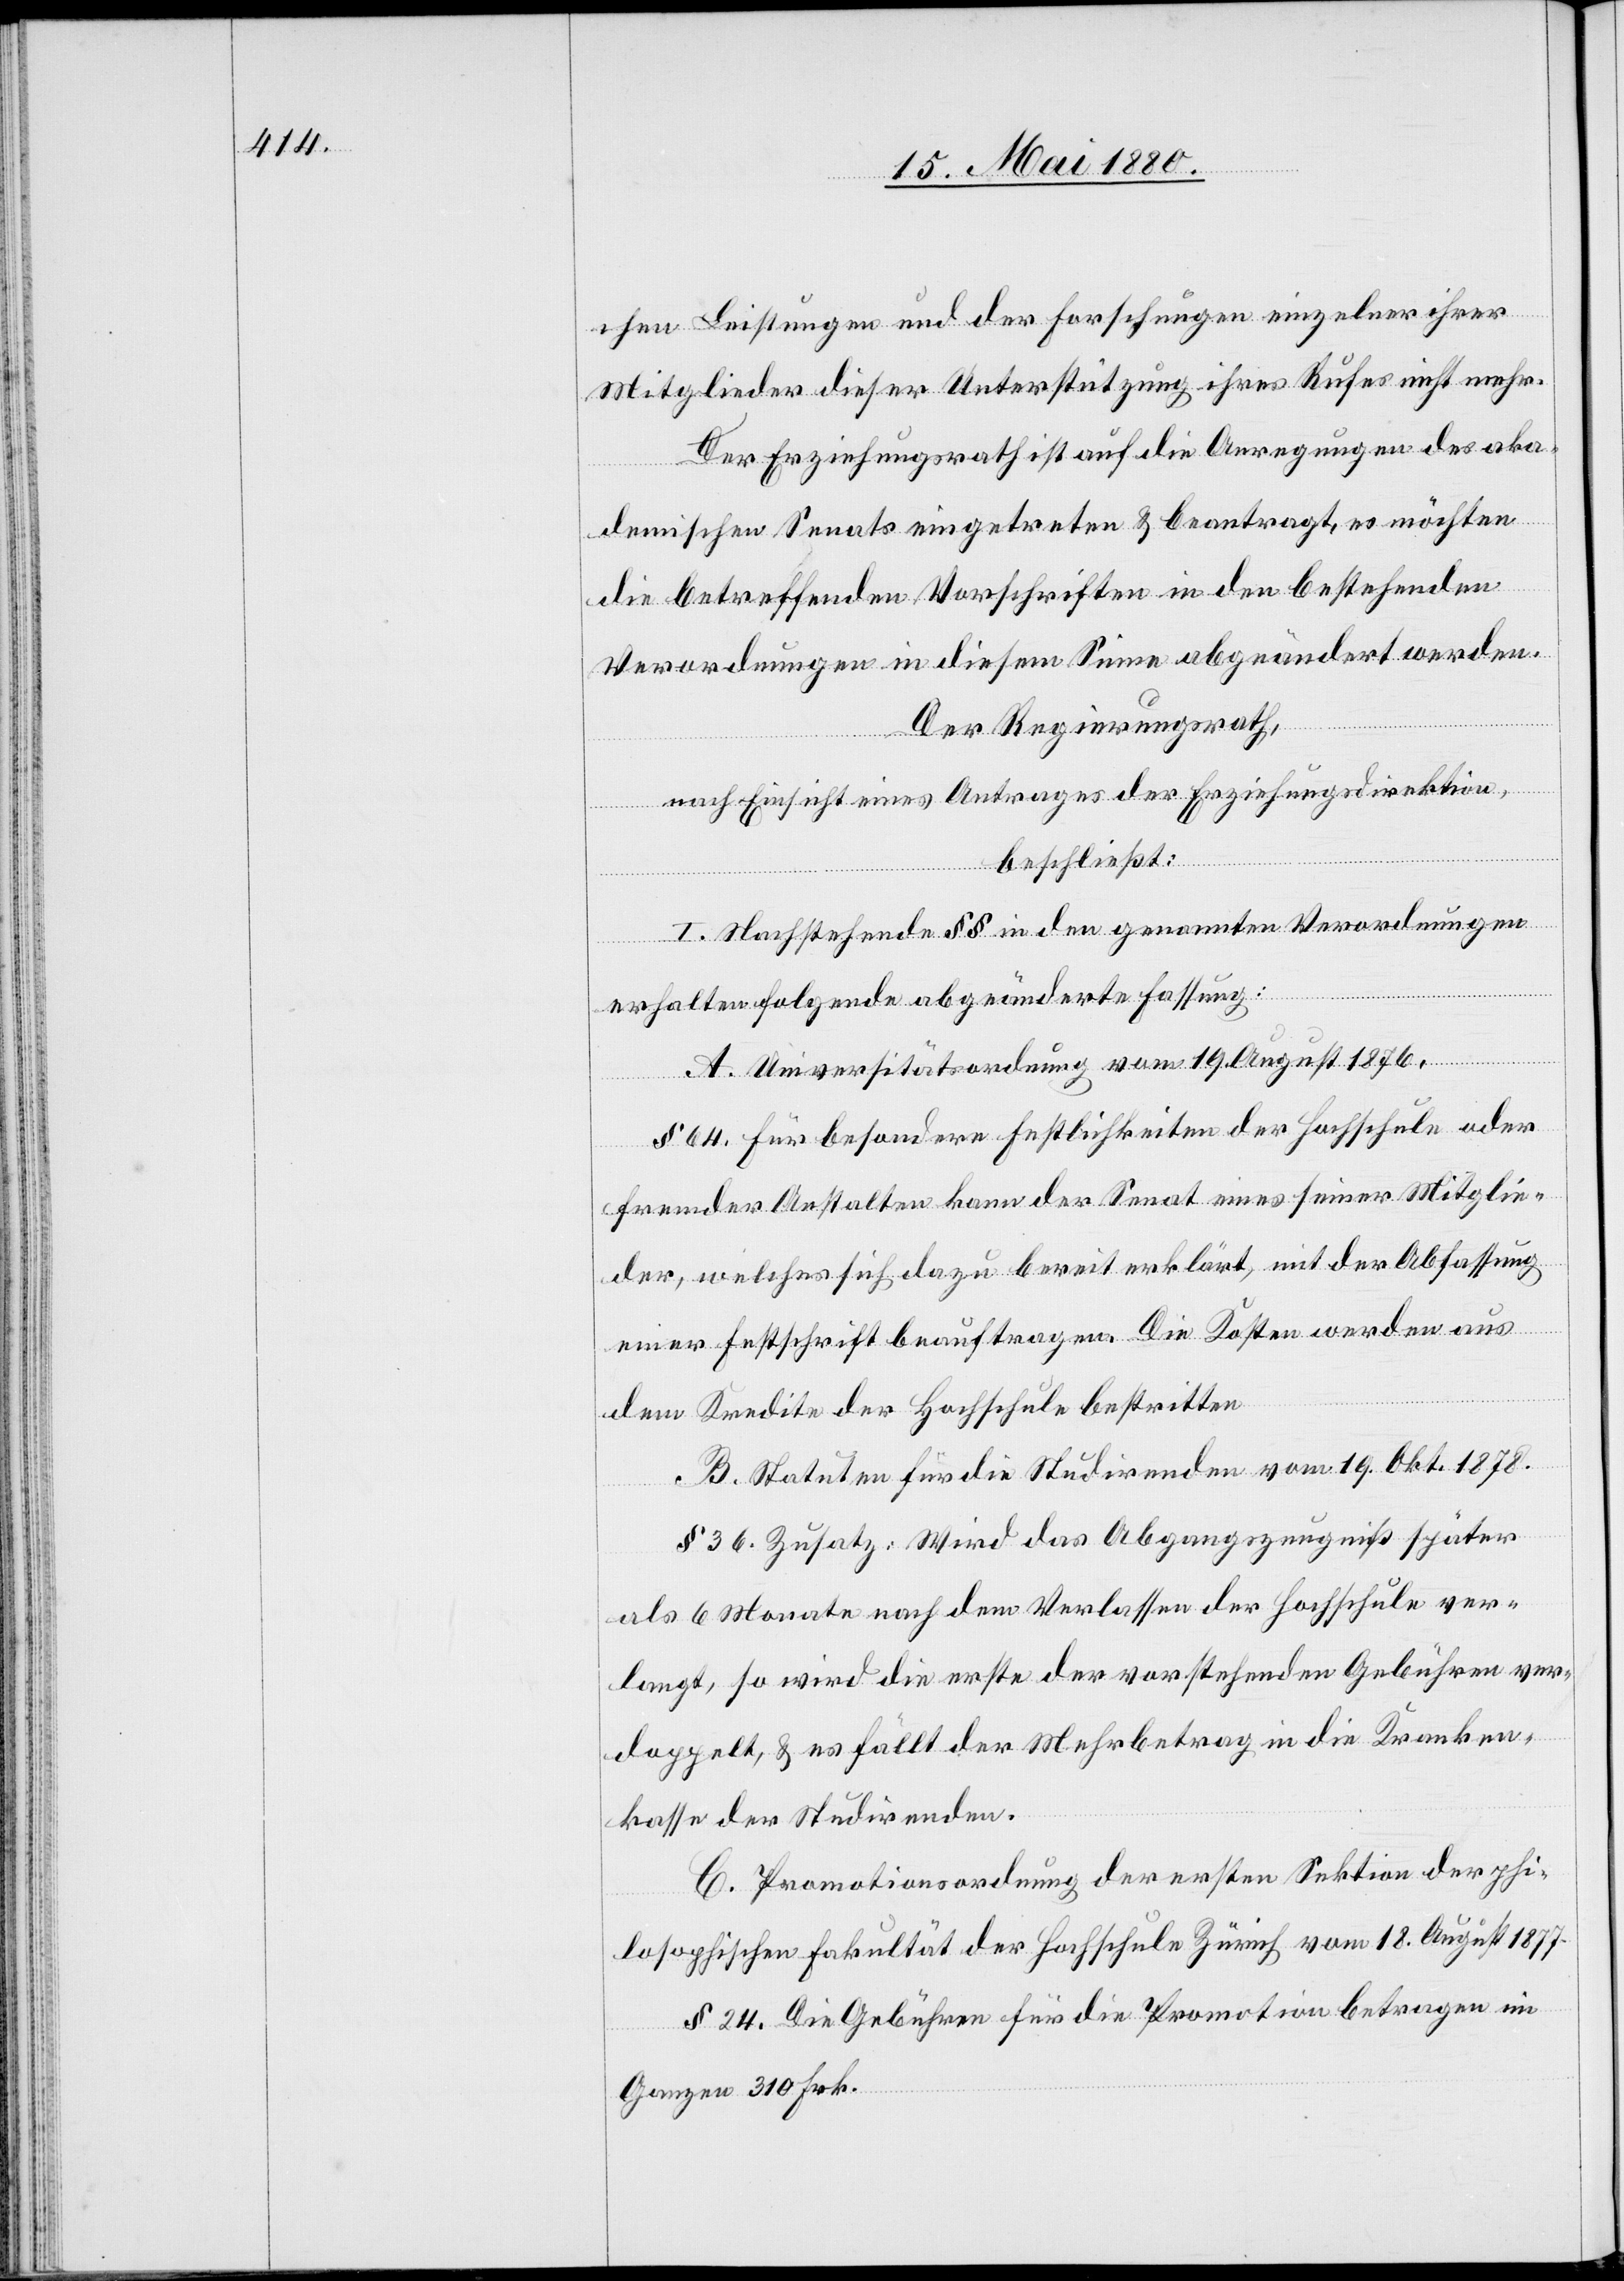
chen Leistungen und der Forschungen einzelner ihrer
Mitglieder dieser Unterstützung ihres Rufes nicht mehr.
Der Erziehungsrath ist auf die Anregungen des aka¬
demischen Senats eingetreten & beantragt, es möchten
die betreffenden Vorschriften in den bestehenden
Verordnungen in diesem Sinne abgeändert werden.
Der Regierungsrath,
nach Einsicht eines Antrages der Erziehungsdirektion,
beschließt:
I. Nachstehende §§ in den genannten Verordnungen
erhalten folgende abgeänderte Fassung:
A. Universitätsordnung vom 19. August 1876.
§ 64. Für besondere Festlichkeiten der Hochschule oder
fremder Anstalten kann der Senat eines seiner Mitglie¬
der, welches sich dazu bereit erklärt, mit der Abfassung
einer Festschrift beauftragen. Die Kosten werden aus
dem Kredite der Hochschule bestritten.
B. Statuten für die Studirenden vom 19. Okt. 1878.
§ 36. Zusatz: Wird das Abgangszeugniß später
als 6 Monate nach dem Verlassen der Hochschule ver¬
langt, so wird die erste der vorstehenden Gebühren ver¬
doppelt, & es fällt der Mehrbetrag in die Kranken¬
kasse der Studirenden.
C. Promotionsordnung der ersten Sektion der phi¬
losophischen Fakultät der Hochschule Zürich vom 18. August 1877.
§ 24. Die Gebühren für die Promotion betragen im
Ganzen 310 Frk.